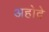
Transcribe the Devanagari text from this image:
अहोदे